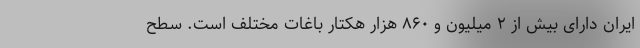
ایران دارای بیش از ۲ میلیون و ۸۶۰ هزار هکتار باغات مختلف است. سطح